Plague in India, 1896, 1897 - Volume 1
Year: 1896
Disease focus: Plague
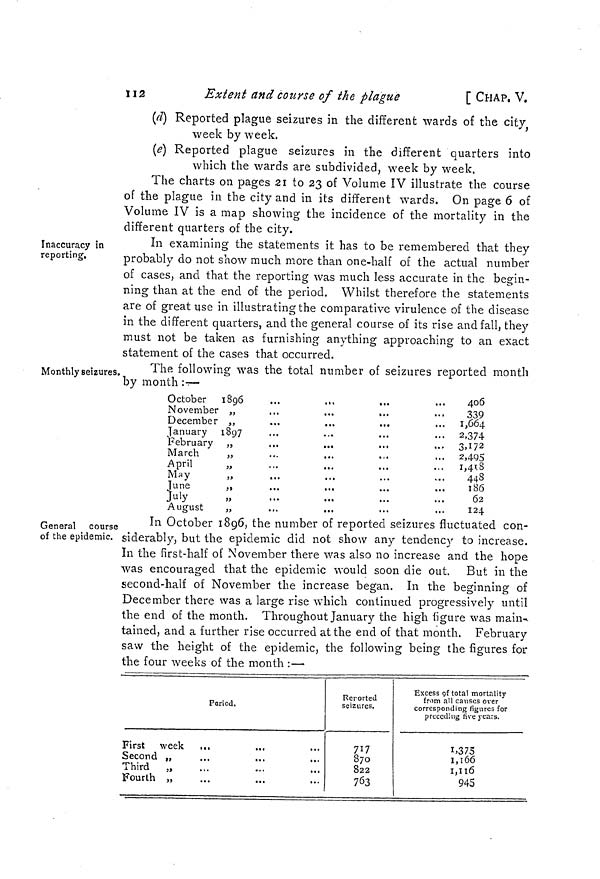
112
Extent and course of the plague
[ CHAP, V.
(d) Reported plague seizures in the different wards of the city
week by week.
(e) Reported plague seizures in the different quarters into
which the wards are subdivided, week by week.
The charts on pages 21 to 23 of Volume IV illustrate the course
of the plague in the city and in its different wards. On page 6 of
Volume IV is a map showing the incidence of the mortality in the
different quarters of the city.
Inaccuracy in
reporting.
In examining the statements it has to be remembered that they
probably do not show much more than one-half of the actual number
of cases, and that the reporting was much less accurate in the begin-
ning than at the end of the period. Whilst therefore the statements
are of great use in illustrating the comparative virulence of the disease
in the different quarters, and the general course of its rise and fall, they
must not be taken as furnishing anything approaching to an exact
statement of the cases that occurred.
Monthly seizures.
The following was the total number of seizures reported month
by month :—
October
1896
November "
December ,
January I 97
February
March
April
May
June
July
August
406
339
1,664
2,374
3,172
2.495
1,418
448
186
62
124
General course
of the epidemic.
In October 1896, the number of reported seizures fluctuated con-
siderably, but the epidemic did not show any tendency to increase.
In the first-half of November there was also no increase and the hope
was encouraged that the epidemic would soon die out. But in the
second-half of November the increase began. In the beginning of
December there was a large rise which continued progressively until
the end of the month. Throughout January the high figure was main-
tained, and a further rise occurred at the end of that month. February
saw the height of the epidemic, the following being the figures for
the four weeks of the month :—
Period.
First week
...
Second „
Third
„
Fourth „
Reported
seizures.
717
870
822
763
Excess of total mortality
from all causes over
corresponding figures for
preceding five years.
1,375
1,166
1,116
945